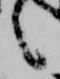
言